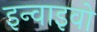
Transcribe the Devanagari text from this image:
इन्वाइवो